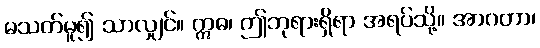
မသတ်မူ၍ သာလျှင်။ ဣဓ၊ ဤဘုရားရှိရာ အရပ်သို့။ အာဂတာ၊